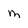
Character: M